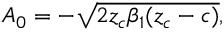
A _ { 0 } = - \sqrt { 2 z _ { c } \beta _ { 1 } ( z _ { c } - c ) } ,